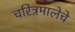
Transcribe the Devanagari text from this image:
चरित्रमालेचे